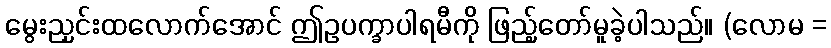
မွေးညှင်းထလောက်အောင် ဤဥပက္ခာပါရမီကို ဖြည့်တော်မူခဲ့ပါသည်။ (လောမ =